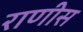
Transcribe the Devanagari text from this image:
राणीस